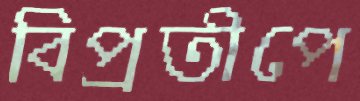
বিপ্রতীপে